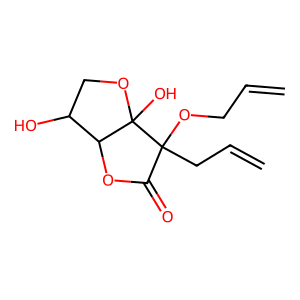
SMILES: C=CCOC1(CC=C)C(=O)OC2C(O)COC21O
Inhibits HIV replication: No